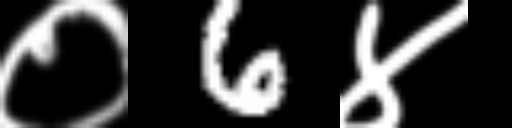
Text: ०6४